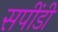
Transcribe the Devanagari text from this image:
सपींडी